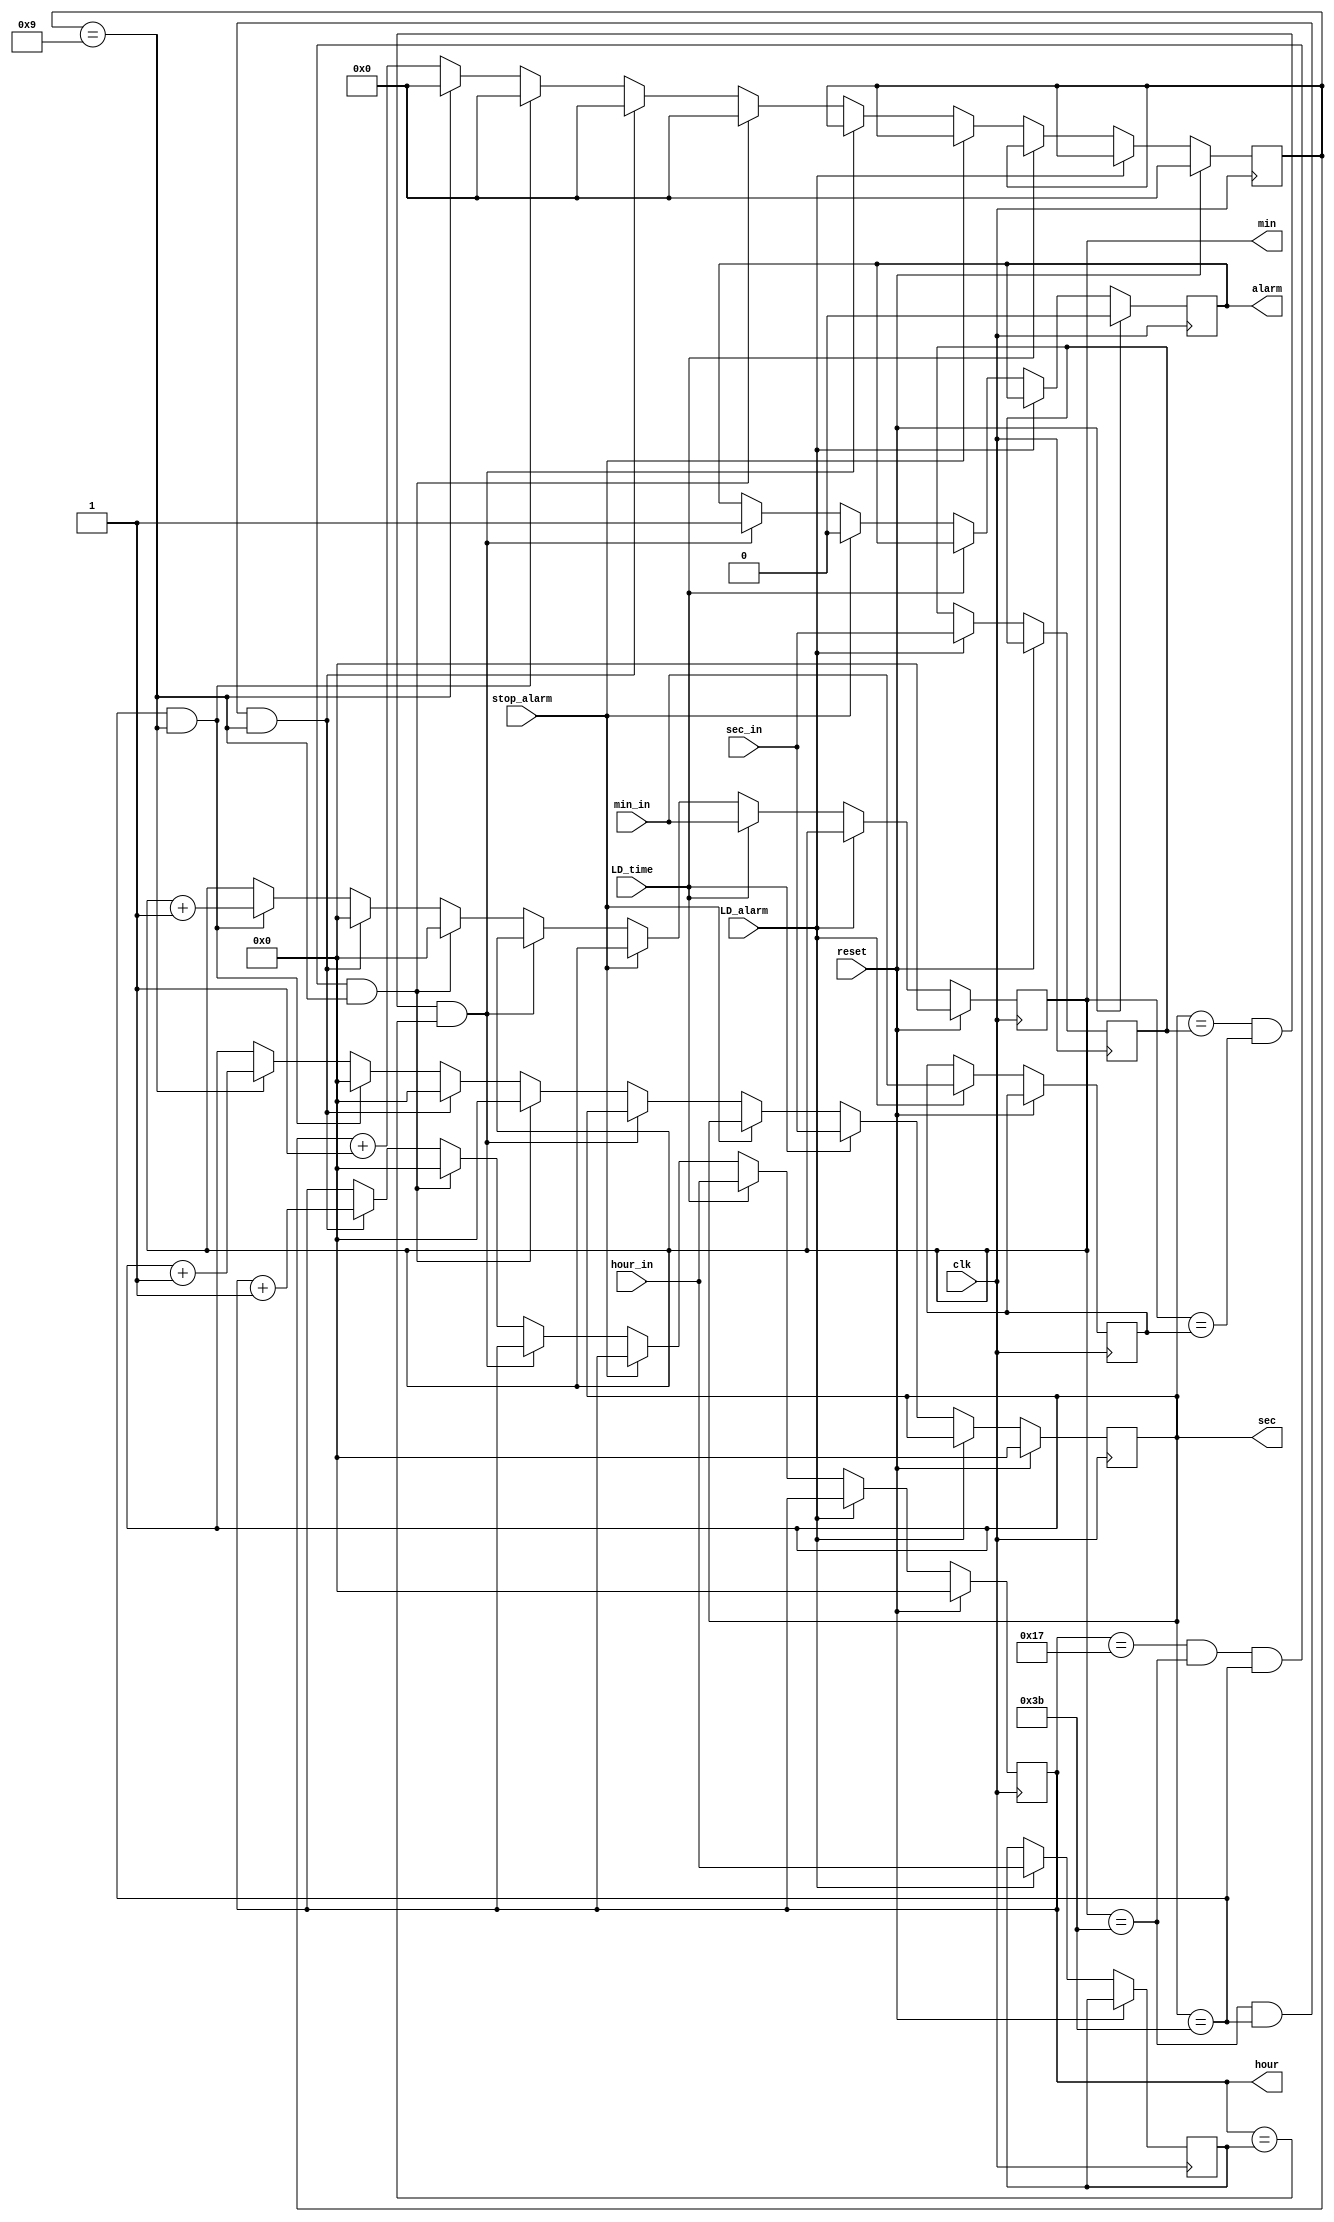
`timescale 1ns / 1ps

module alarm_clock(
    input reset,
    input clk, //input clk should be 10 hz for time to be computed correctly
    input stop_alarm,
    input LD_alarm,
    input LD_time,
	 input [5:0] sec_in,
	 input [5:0] min_in,
	 input [5:0] hour_in,
	 output reg [5:0] sec,
    output reg [5:0] min,
    output reg [5:0] hour,
    output reg alarm
    );

reg [5:0] alarm_sec, alarm_min, alarm_hour;
reg [3:0] temp_tclk;

always @(posedge clk)
begin
	if(reset)
		begin
			sec <= 6'b000000;
			min <= 6'b000000;
			hour <= 6'b000000;
			temp_tclk <= 0;
			alarm<= 1'b0;
		end
	else if(LD_alarm)
		begin
			alarm_sec <= sec_in;
			alarm_min <= min_in;
			alarm_hour <= hour_in;
		end
	else if(LD_time)
		begin
			sec <= sec_in;
			min <= min_in;
			hour <= hour_in;
		end
	else if(stop_alarm)
		begin
			alarm <= 1'b0;
		end
	else if(sec == alarm_sec && min == alarm_min && hour == alarm_hour )
		begin
			alarm <= 1'b1;
		end
//-----------------------time calculation----------------------------------------//
		
	else //clock should work normally because no input signals were detected
		begin
			if(hour == 23 && min == 59 && sec==59 && temp_tclk==9 )
				begin
					hour <= 0;
					min <= 0;
					sec <= 0;
					temp_tclk <=0;
				end	
			else if(min == 59 && sec==59 && temp_tclk==9) //forcing time not to be updated before a complete min passes
				begin
					min <= 0;
					sec <= 0;
					temp_tclk <= 0;
					hour <= hour + 1;
				end
			else if(sec == 59 && temp_tclk ==9) //forcing time not to be updated before a complete second passes
				begin
					sec <= 0;
					temp_tclk <= 0;
					min <= min + 1;
				end
			else if(temp_tclk == 9) //each 10 temp_tclk's = 1 sec
				begin
					sec <= sec + 1;
					temp_tclk <= 0;
				end
			else
				temp_tclk <= temp_tclk + 1;	
		end
end

endmodule